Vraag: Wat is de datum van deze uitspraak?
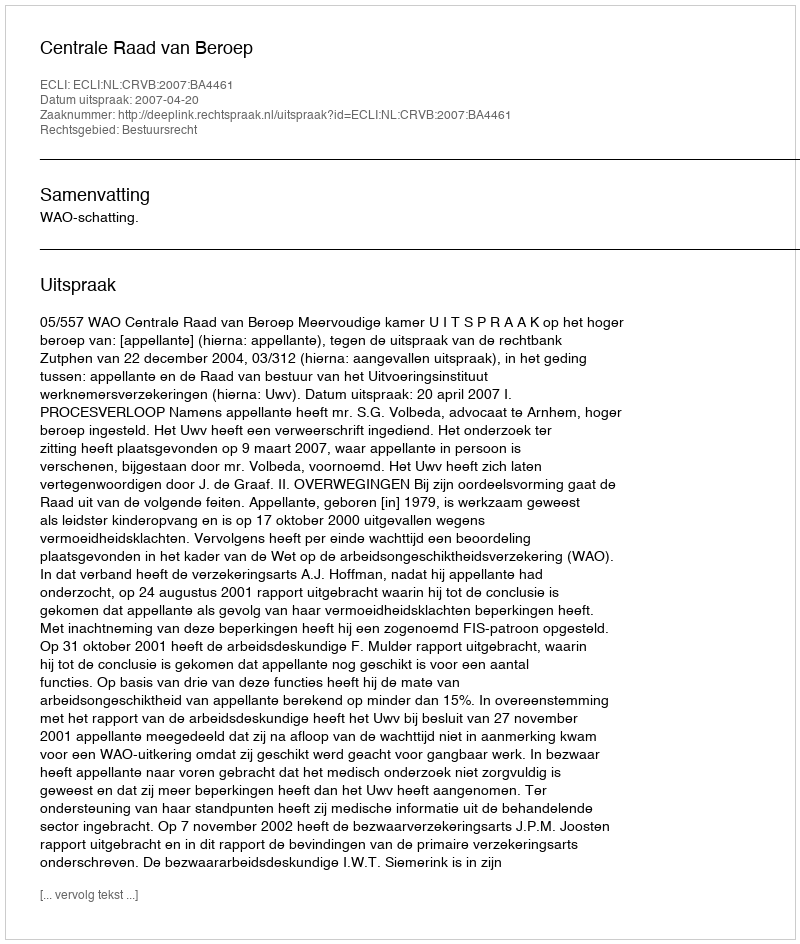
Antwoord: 2007-04-20